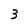
Character: 3